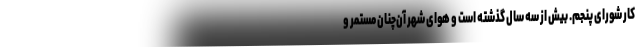
کار شورای پنجم. بیش از سه سال گذشته است و هوای شهر آن‌چنان مستمر و